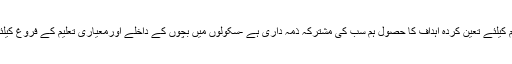
وزیراعلیٰ محمد شہبازشریف نے اجلاس سے خطاب کرتے ہوئے کہا کہ فروغ تعلیم کیلئے تعین کردہ اہداف کا حصول ہم سب کی مشترکہ ذمہ داری ہے -سکولوں میں بچوں کے داخلے اورمعیاری تعلیم کے فروغ کیلئے مقررکردہ اہداف کے حصول کیلئے تیزرفتاری سے موثر اقدامات کرنا ہوں گے۔